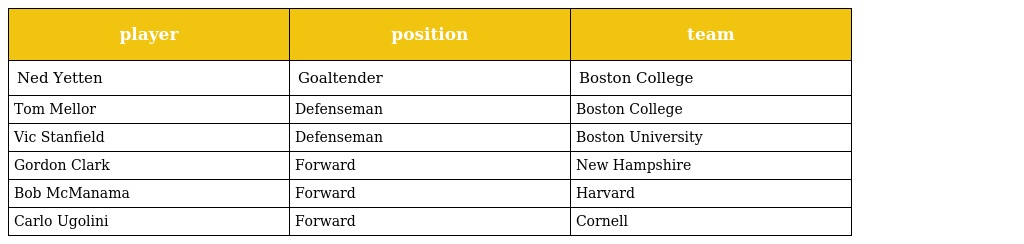
| player | position | team |
 | --- | --- | --- |
 | Ned Yetten | Goaltender | Boston College |
 | Tom Mellor | Defenseman | Boston College |
 | Vic Stanfield | Defenseman | Boston University |
 | Gordon Clark | Forward | New Hampshire |
 | Bob McManama | Forward | Harvard |
 | Carlo Ugolini | Forward | Cornell |